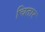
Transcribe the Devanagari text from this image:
चितार